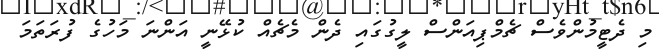
މި ދެޓީމުންވެސް ޗެމްޕިއަންސް ލީގުގައި ދެން މެޗެއް ކުޅޭނީ އަންނަ މަހުގެ ފުރަތަމަ